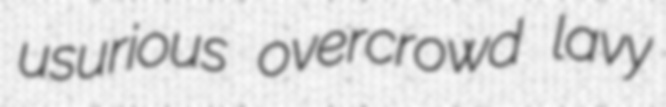
usurious overcrowd lavy